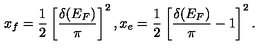
x _ { f } = { \frac { 1 } { 2 } } \left[ { \frac { \delta ( E _ { F } ) } { \pi } } \right] ^ { 2 } , x _ { e } = { \frac { 1 } { 2 } } \left[ { \frac { \delta ( E _ { F } ) } { \pi } } - 1 \right] ^ { 2 } .